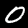
Label: 0